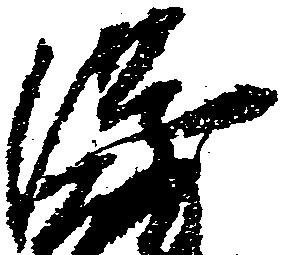
隆